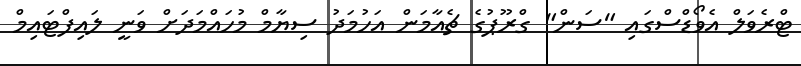
ޓްރެވަލް އެވޯޑްސްގައި "ސަން" ގްރޫޕުގެ ޗެއާމަން އަހުމަދު ސިޔާމް މުހައްމަދަށް ވަނީ ލައިފްޓައިމް